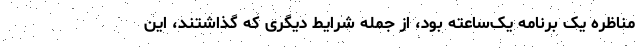
مناظره یک برنامه یک‌ساعته بود، از جمله شرایط دیگری که گذاشتند، این